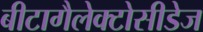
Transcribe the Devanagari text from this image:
बीटागैलेक्टोसीडेज